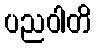
ပညဝါတိ